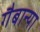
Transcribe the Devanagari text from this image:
गैबान्या